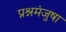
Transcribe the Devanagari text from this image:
प्रश्नमंजुषा